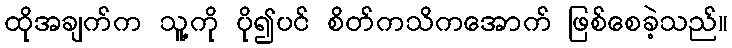
ထိုအချက်က သူ့ကို ပို၍ပင် စိတ်ကသိကအောက် ဖြစ်စေခဲ့သည်။